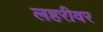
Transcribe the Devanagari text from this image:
लहरीवर